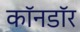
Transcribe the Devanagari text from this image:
काॅनडाॅर